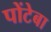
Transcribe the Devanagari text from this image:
पोंटेबा